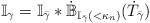
LaTeX: \begin{align*}\mathbb{I}_{\gamma} = \mathbb{I}_{\bar{\gamma}} \ast \dot{\mathbb{B}}_{\mathbb{I}_{\bar{\gamma}}(< \kappa_n)}(\dot{T}_{\bar{\gamma}})\end{align*}